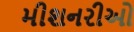
મીશનરીઓ